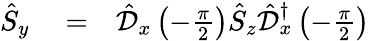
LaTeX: \begin{array}{rlr}{\hat{S}_{y}}&{{}=}&{\hat{\mathcal{D}}_{x}\left(-\frac{\pi}{2}\right)\hat{S}_{z}\hat{\mathcal{D}}_{x}^{\dagger}\left(-\frac{\pi}{2}\right)}\end{array}